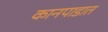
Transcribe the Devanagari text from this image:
कानपाडात